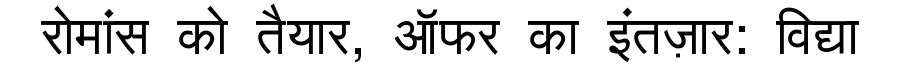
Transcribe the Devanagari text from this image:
रोमांस को तैयार, ऑफर का इंतज़ार: विद्या